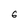
Character: 6